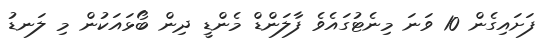
ފަށައިގެން 10 ވަނަ މިނެޓުގައެވެ ފާލަންޑް މެންޑީ ދިން ބޯޅައަކުން މި ލަނޑު